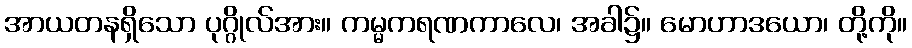
အာယတနရှိသော ပုဂ္ဂိုလ်အား။ ကမ္မကရဏကာလေ၊ အခါ၌။ မောဟာဒယော၊ တို့ကို။